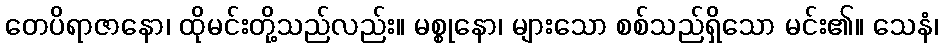
တေပိရာဇာနော၊ ထိုမင်းတို့သည်လည်း။ မစ္စုနော၊ များသော စစ်သည်ရှိသော မင်း၏။ သေနံ၊